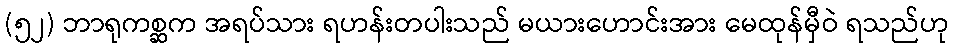
(၅၂) ဘာရုကစ္ဆက အရပ်သား ရဟန်းတပါးသည် မယားဟောင်းအား မေထုန်မှီဝဲ ရသည်ဟု